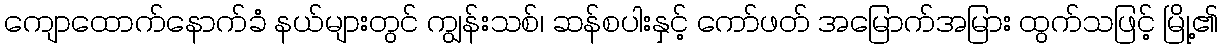
ကျောထောက်နောက်ခံ နယ်များတွင် ကျွန်းသစ်၊ ဆန်စပါးနှင့် ကော်ဖတ် အမြောက်အမြား ထွက်သဖြင့် မြို့၏